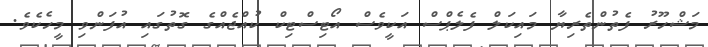
މަޝްހޫރު ފެތުންތެރިޔާ މައިކަލް ފެލެޕްސް އަކީވެސް އޯޓިސްޓިކް ކުއްޖެއްގެ ގޮތުގައި އުފަންވި މީހެކެވެ.